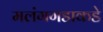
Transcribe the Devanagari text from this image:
मलंगगडाकडे